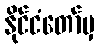
နိုင်ငံတော်မှ